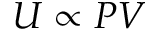
U \propto P V